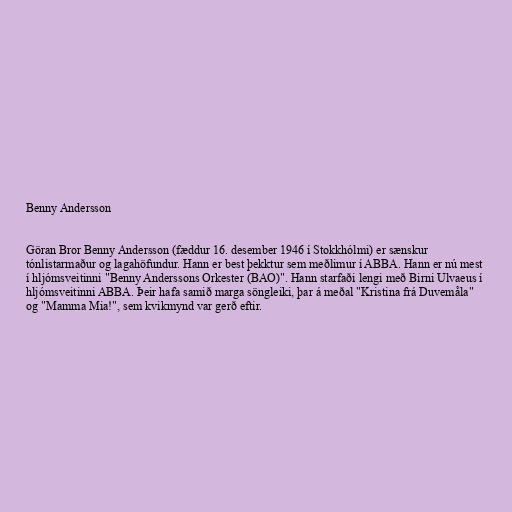
Benny Andersson

Göran Bror Benny Andersson (fæddur 16. desember 1946 í Stokkhólmi) er sænskur
tónlistarmaður og lagahöfundur. Hann er best þekktur sem meðlimur í ABBA. Hann er nú mest
í hljómsveitinni "Benny Anderssons Orkester (BAO)". Hann starfaði lengi með Birni Ulvaeus í
hljómsveitinni ABBA. Þeir hafa samið marga söngleiki, þar á meðal "Kristina frá Duvemåla"
og "Mamma Mia!", sem kvikmynd var gerð eftir.